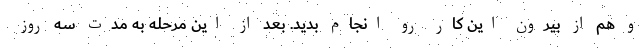
و هم از بیرون این کار رو انجام بدید. بعد از این مرحله به مدت سه روز